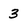
Character: 3